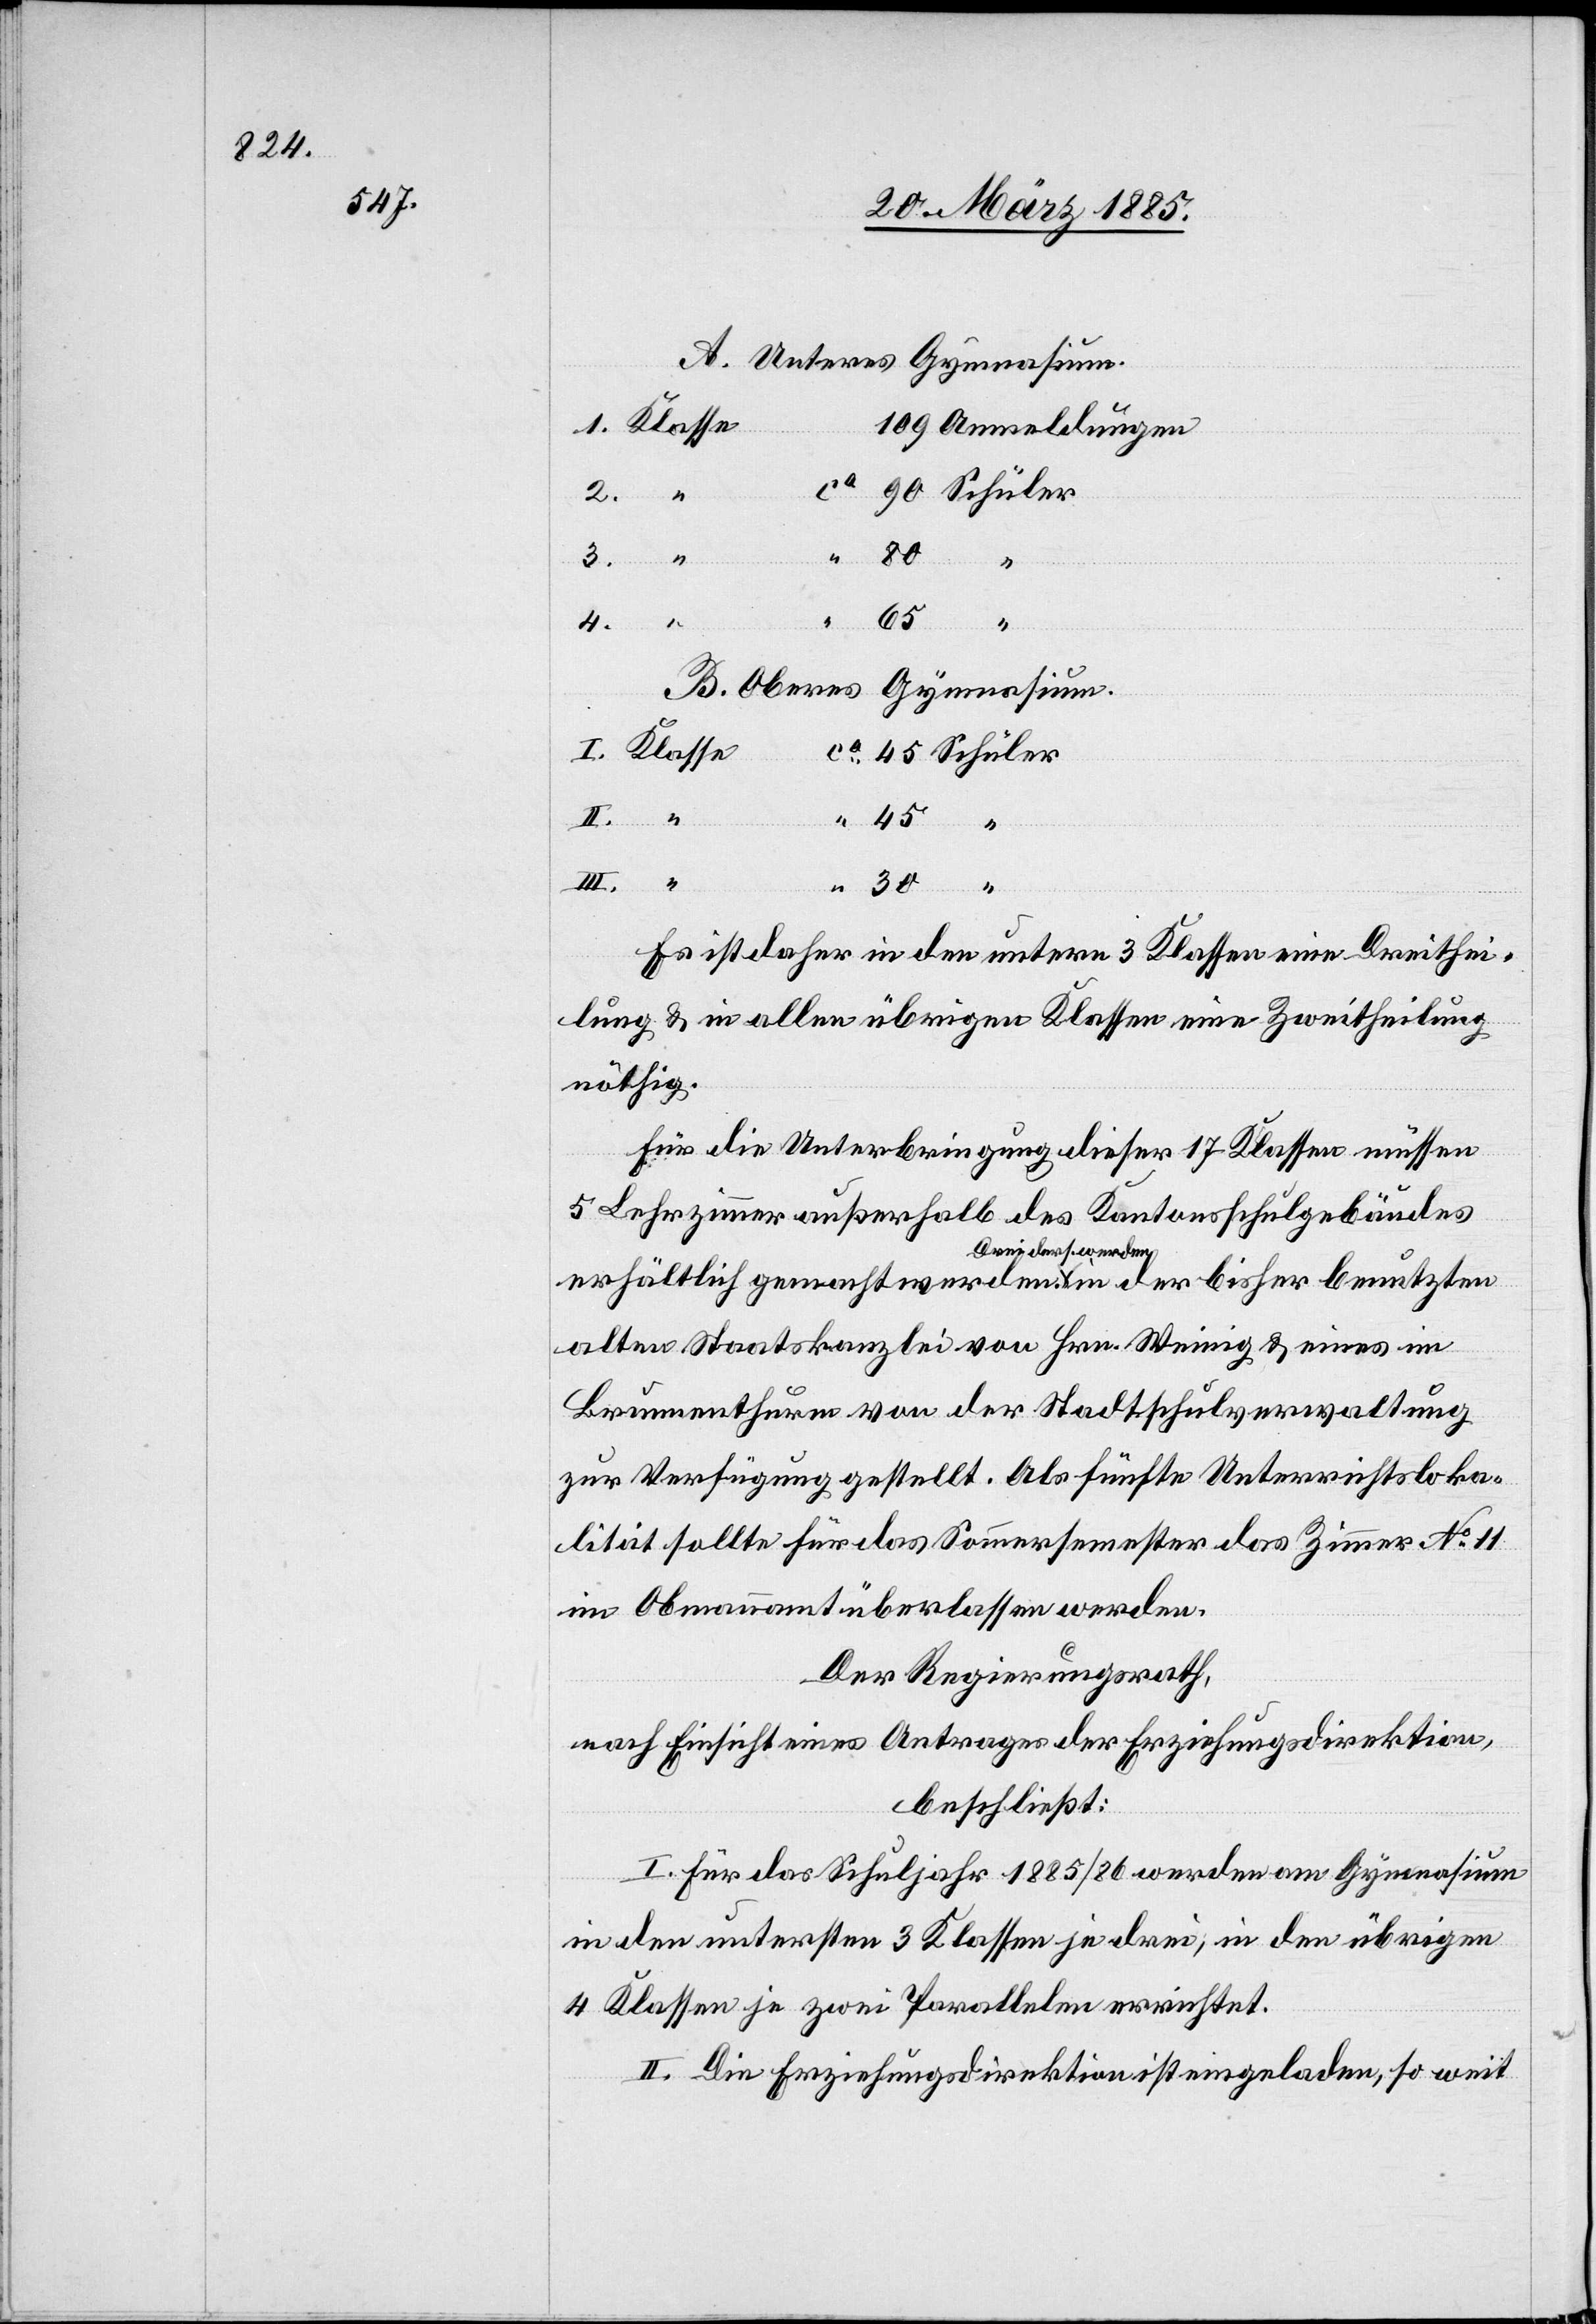
A. Unteres Gymnasium.
I.
in der
4.
B. Oberes Gymnasium.
Schüler
Es ist daher in den untern 3 Klassen eine Dreithei¬
lung & in allen übrigen Klassen eine Zweitheilung
nöthig.
Für die Unterbringung dieser 17 Klassen müssen
5 Lehrzimmer außerhalb des Kantonsschulgebäudes
ders. werden-a
alten Staatskanzlei von Hrn. Weinig & eines im
Brunnenthurm von der Stadtschulverwaltung
zur Verfügung gestellt. Als fünfte Unterrichtsloka¬
lität sollte für das Sommersemester das Zimmer No 11
im Obmannamt überlassen werden.
Der Regierungsrath,
nach Einsicht eines Antrages der Erziehungsdirektion,
beschließt:
I. Für das Schuljahr 1885/86 werden am Gymnasium
in den untersten 3 Klassen je drei, in den übrigen
4 Klassen je zwei Parallelen errichtet.
II. Die Erziehungsdirektion ist eingeladen, so weit